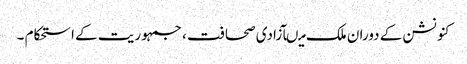
کنونشن کے دوران ملک میںآزادی صحافت ، جمہوریت کے استحکام ۔